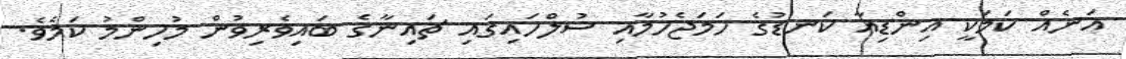
އަނެއް ކަމަކީ އިންޑިއާ ކަނޑުގެ ހަމަޖެހުމާއި ސުލްހައިގައި ޗައިނާގެ ބައިވެރިވުން މުހިންމު ކަމެވެ.